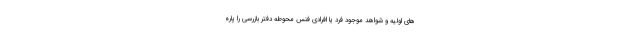
های اولیه و شواهد موجود فرد یا افرادی فنس محوطه دفتر بازرسی را پاره